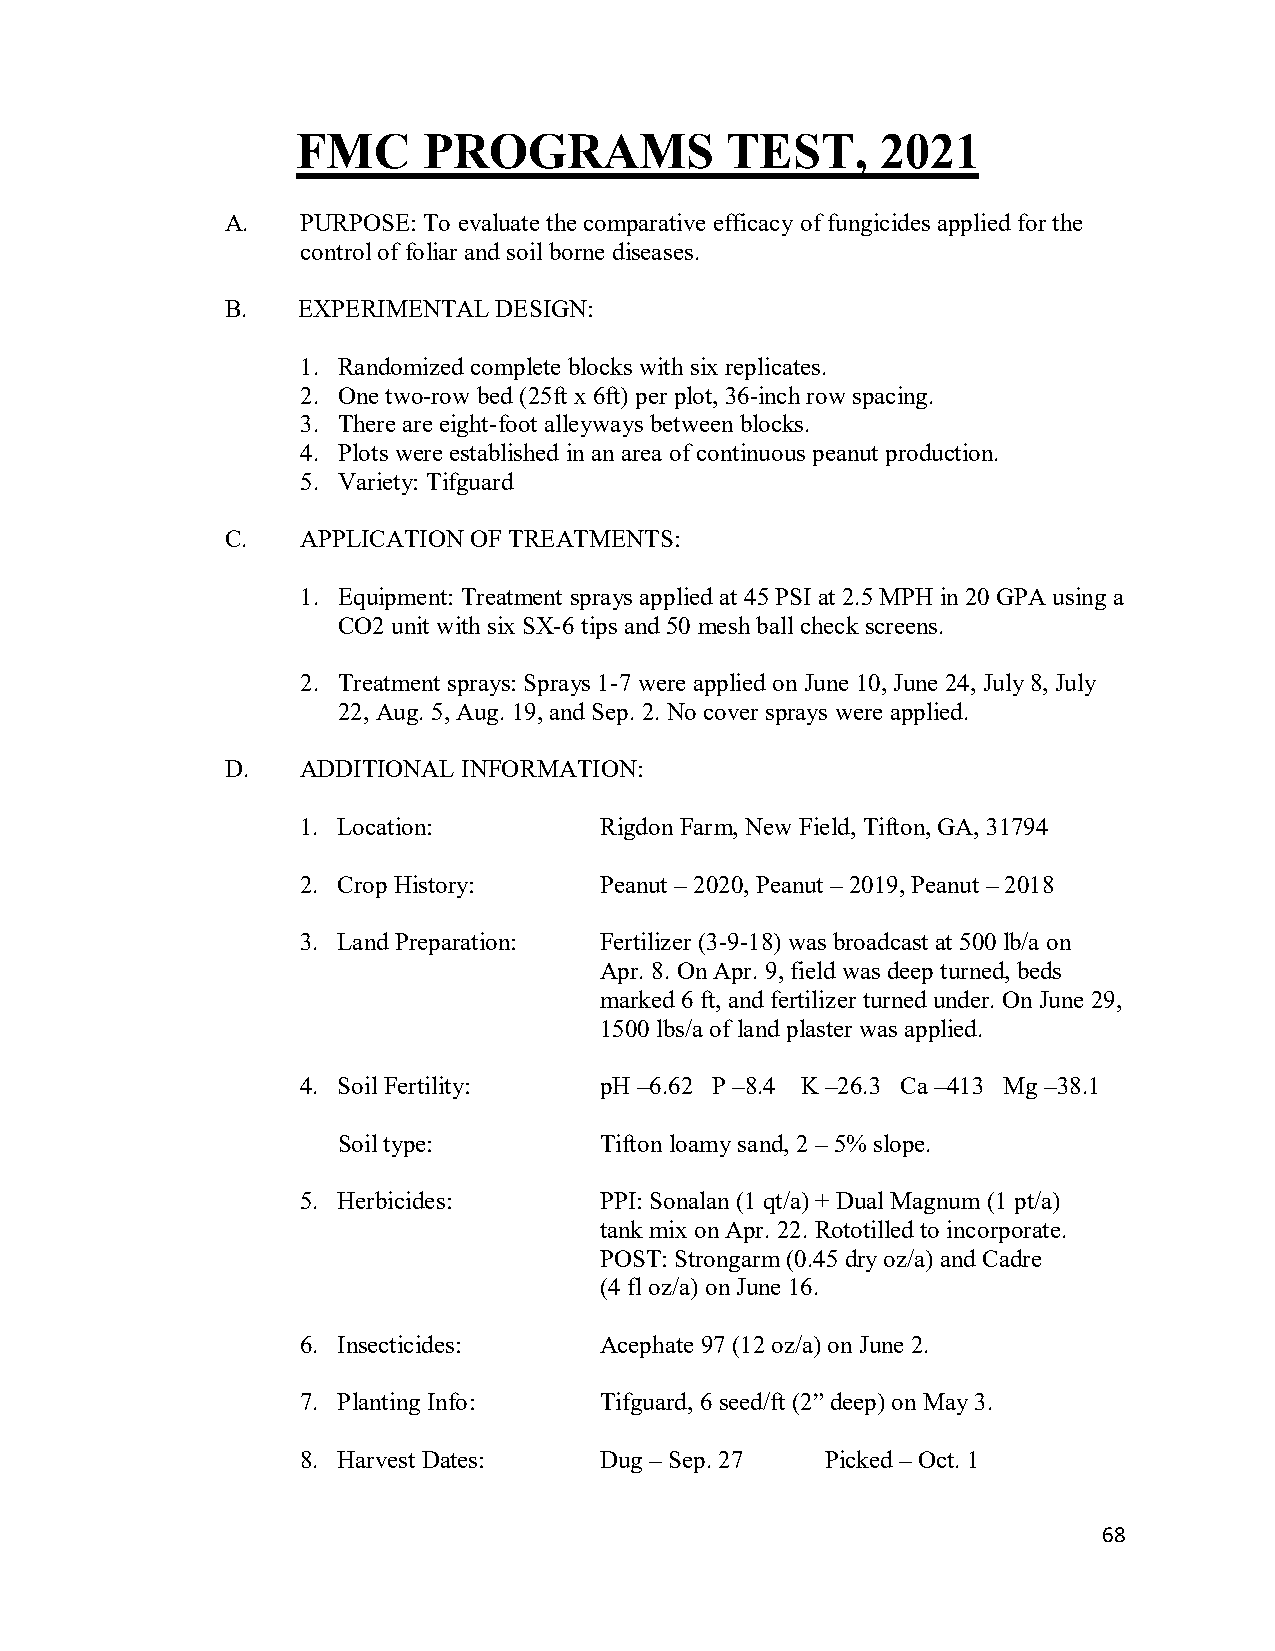
FMC     PROGRAMS            TEST,     2021
 A.   PURPOSE: To evaluate the comparative efficacy of fungicides applied for the
 control of foliar and soil borne diseases.
 B.   EXPERIMENTAL DESIGN:
 1. Randomized complete blocks with six replicates.
 2. One two-row bed (25ft x 6ft) per plot, 36-inch row spacing.
 3. There are eight-foot alleyways between blocks.
 4. Plots were established in an area of continuous peanut production.
 5. Variety: Tifguard
 C.   APPLICATION OF TREATMENTS:
 1. Equipment: Treatment sprays applied at 45 PSI at 2.5 MPH in 20 GPA using a
 CO2 unit with six SX-6 tips and 50 mesh ball check screens.
 2. Treatment sprays: Sprays 1-7 were applied on June 10, June 24, July 8, July
 22, Aug. 5, Aug. 19, and Sep. 2. No cover sprays were applied.
 D.   ADDITIONAL INFORMATION:
 1. Location:        Rigdon Farm, New Field, Tifton, GA, 31794
 2. Crop History:    Peanut – 2020, Peanut – 2019, Peanut – 2018
 3. Land Preparation: Fertilizer (3-9-18) was broadcast at 500 lb/a on
 Apr. 8. On Apr. 9, field was deep turned, beds
 marked 6 ft, and fertilizer turned under. On June 29,
 1500 lbs/a of land plaster was applied.
 4. Soil Fertility:  pH –6.62 P –8.4 K –26.3 Ca –413 Mg –38.1
 Soil type:        Tifton loamy sand, 2 – 5% slope.
 5. Herbicides:      PPI: Sonalan (1 qt/a) + Dual Magnum (1 pt/a)
 tank mix on Apr. 22. Rototilled to incorporate.
 POST: Strongarm (0.45 dry oz/a) and Cadre
 (4 fl oz/a) on June 16.
 6. Insecticides:    Acephate 97 (12 oz/a) on June 2.
 7. Planting Info:   Tifguard, 6 seed/ft (2” deep) on May 3.
 8. Harvest Dates:   Dug – Sep. 27  Picked – Oct. 1
 68